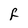
Character: f